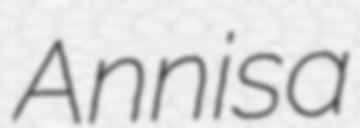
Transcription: Annisa